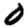
Digit: 0